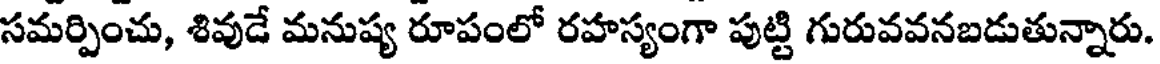
సమర్పించు, శివుడే మనుష్య రూపంలో రహస్యంగా పుట్టి గురువవనబడుతున్నారు.